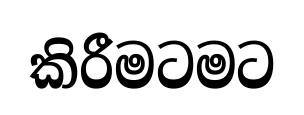
කිරීමටමට